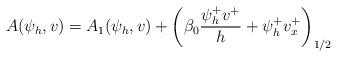
LaTeX: \begin{align*}A(\psi_h, v ) & = A_1(\psi_h, v)+ \left(\beta_0 \frac{\psi_h^+v^+}{h} +\psi_h^+v^+_x\right)_{1/2}\end{align*}